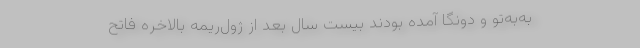
به‌به‌تو و دونگا آمده بودند بیست سال بعد از ژول‌ریمه بالاخره فاتح